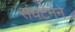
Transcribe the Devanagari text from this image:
संघटेनेने